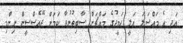
އަދި އެ މައްސަލަ އަލީ ހަމީދުގެ މައްޗަށް ސާބިތުނުވާ ކަމަށް ޖޭއެސްސީން ނިންމި